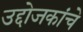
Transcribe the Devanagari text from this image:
उद्दोजकांचे